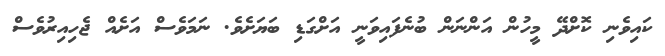
ކައިވެނި ކޮށްދޭ މީހުން އަންނަން ބުނެފައިވަނީ އަށްގަޑި ބަޔަށެވެ. ނަމަވެސް އަށެއް ޖެހިއިރުވެސް